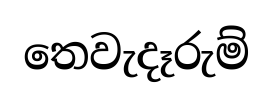
තෙවැදෑරුම්